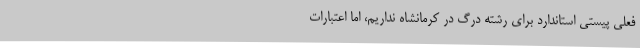
فعلی پیستی استاندارد برای رشته درگ در کرمانشاه نداریم، اما اعتبارات